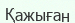
Қажыған